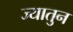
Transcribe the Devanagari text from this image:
ज्यातुन